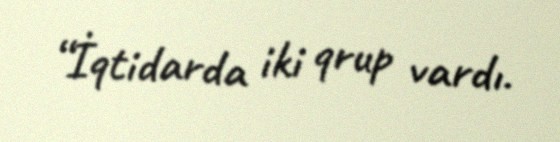
“İqtidarda iki qrup vardı.